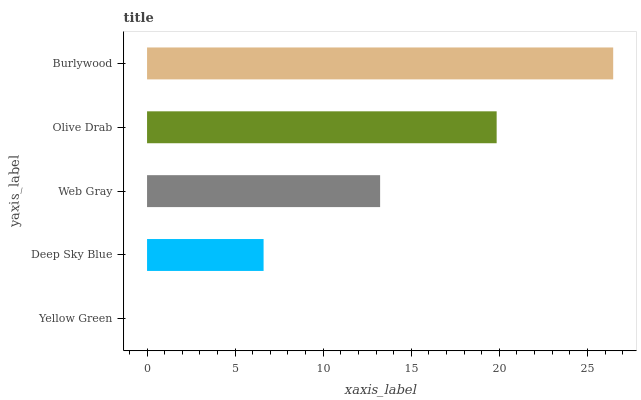
| yaxis_label | bars |
 | --- | --- |
 | Yellow Green | 0 |
 | Deep Sky Blue | 6.62 |
 | Web Gray | 13.2 |
 | Olive Drab | 19.8 |
 | Burlywood | 26.5 |